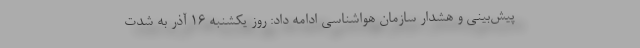
پیش‌بینی و هشدار سازمان هواشناسی ادامه داد: روز یکشنبه ۱۶ آذر به شدت